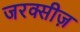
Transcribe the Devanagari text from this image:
जरक्सीज़